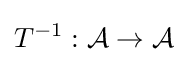
T^{-1}:{\mathcal {A}}\to {\mathcal {A}}